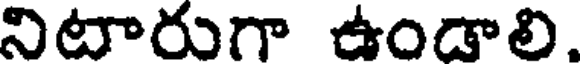
నిటారుగా ఉండాలి.